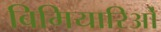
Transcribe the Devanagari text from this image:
बिमियारिओं